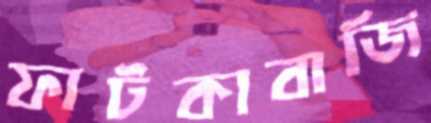
ফাটকাবাজি